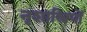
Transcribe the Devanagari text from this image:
नृशास्त्रियों